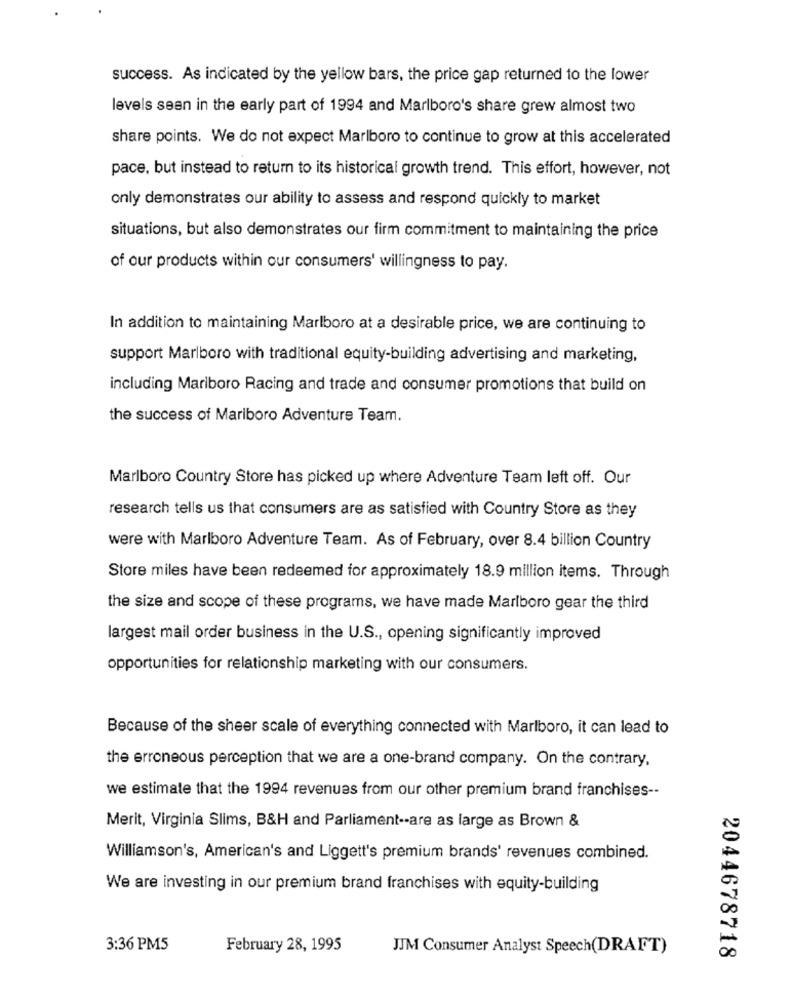
success. As indicated by the yellow bars, the price gap returned to the lower
levels seen in the early part of 1994 and Marlboro's share grew almost two
share points. We do not expect Marlboro to continue to grow at this accelerated
pace, but instead to return to its historical growth trend. This effort, however, not
only demonstrates our ability to assess and respond quickly to market
situations, but also demonstrates our firm commitment to maintaining the price
of our products within our consumers' willingness to pay.
In addition to maintaining Marlboro at a desirable price, we are continuing to
support Marlboro with traditional equity-building advertising and marketing,
including Marlboro Racing and trade and consumer promotions that build on
the success of Mariboro Adventure Team.
Marlboro Country Store has picked up where Adventure Team left off. Our
research tells us that consumers are as satisfied with Country Store as they
were with Marlboro Adventure Team. As of February, over 8.4 billion Country
Store miles have been redeemed for approximately 18.9 million items. Through
the size and scope of these programs, we have made Marlboro gear the third
largest mail order business in the U.S ., opening significantly improved
opportunities for relationship marketing with our consumers.
Because of the sheer scale of everything connected with Marlboro, it can lead to
the erroneous perception that we are a one-brand company. On the contrary.
we estimate that the 1994 revenues from our other premium brand franchises --
Merit, Virginia Slims, B&H and Parliament -- are as large as Brown &
Williamson's, American's and Liggett's premium brands' revenues combined.
We are investing in our premium brand franchises with equity-building
3:36 PM5
February 28, 1995
JJM Consumer Analyst Speech(DRAFT)
2044678718